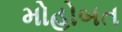
મોહોબત